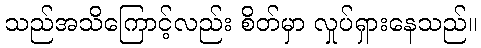
သည်အသိကြောင့်လည်း စိတ်မှာ လှုပ်ရှားနေသည်။